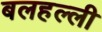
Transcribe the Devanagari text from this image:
बलहल्ली